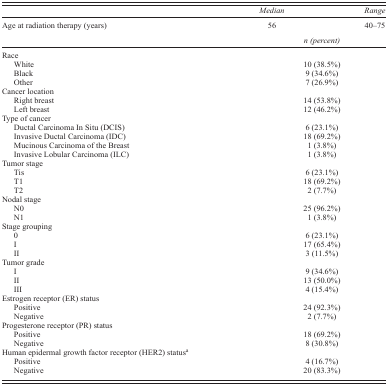
|  | Median |  | Range |
 | Age at radiation therapy (years) | 56 |  | 40–75 |
 |  |  | n (percent) |  |
 | --- | --- | --- | --- |
 | <COLSPAN=4> Race |
 | White |  | 10 (38.5%) |  |
 | Black |  | 9 (34.6%) |  |
 | Other |  | 7 (26.9%) |  |
 | <COLSPAN=4> Cancer location |
 | Right breast |  | 14 (53.8%) |  |
 | Left breast |  | 12 (46.2%) |  |
 | <COLSPAN=4> Type of cancer |
 | Ductal Carcinoma In Situ (DCIS) |  | 6 (23.1%) |  |
 | Invasive Ductal Carcinoma (IDC) |  | 18 (69.2%) |  |
 | Mucinous Carcinoma of the Breast |  | 1 (3.8%) |  |
 | Invasive Lobular Carcinoma (ILC) |  | 1 (3.8%) |  |
 | <COLSPAN=4> Tumor stage |
 | Tis |  | 6 (23.1%) |  |
 | T1 |  | 18 (69.2%) |  |
 | T2 |  | 2 (7.7%) |  |
 | <COLSPAN=4> Nodal stage |
 | N0 |  | 25 (96.2%) |  |
 | N1 |  | 1 (3.8%) |  |
 | <COLSPAN=4> Stage grouping |
 | 0 |  | 6 (23.1%) |  |
 | I |  | 17 (65.4%) |  |
 | II |  | 3 (11.5%) |  |
 | <COLSPAN=4> Tumor grade |
 | I |  | 9 (34.6%) |  |
 | II |  | 13 (50.0%) |  |
 | III |  | 4 (15.4%) |  |
 | <COLSPAN=4> Estrogen receptor (ER) status |
 | Positive |  | 24 (92.3%) |  |
 | Negative |  | 2 (7.7%) |  |
 | <COLSPAN=4> Progesterone receptor (PR) status |
 | Positive |  | 18 (69.2%) |  |
 | Negative |  | 8 (30.8%) |  |
 | <COLSPAN=4> Human epidermal growth factor receptor (HER2) statusa |
 | Positive |  | 4 (16.7%) |  |
 | Negative |  | 20 (83.3%) |  |